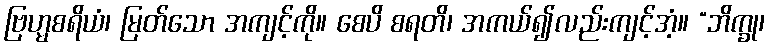
ဗြဟ္မစရိယံ၊ မြတ်သော အကျင့်ကို။ စေပိ စရတိ၊ အကယ်၍လည်းကျင့်အံ့။ “ဘိက္ခု၊